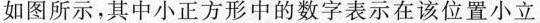
如图所示，其中小正方形中的数字表示在该位置小立